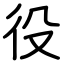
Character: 役